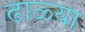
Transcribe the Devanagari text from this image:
ढाळ्या